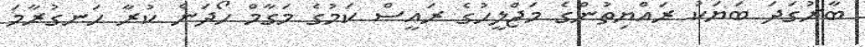
ބާރުގަދަ ބަޔަކު ރައްޔިތުންގެ މަޖްލީހުގެ ރައީސް ކަމުގެ މަގާމް ހޯދަން ކުރާ ހަނގުރާމަ